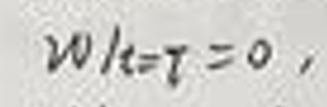
$w|_{t = \tau}=0,$